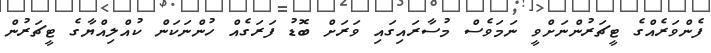
ފެންވަރެއްގެ ޓީޗަރުންނަށްވީ ނަމަވެސް މުސާރައިގައި ވަރަށް ބޮޑު ފަރަގެއް ހުންނަކަން ކުއްލިއްޔާގެ ޓީޗަރުން